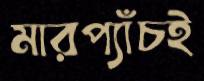
মারপ্যাঁচই